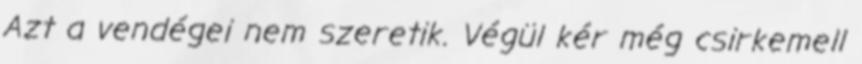
Azt a vendégei nem szeretik. Végül kér még csirkemell